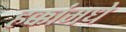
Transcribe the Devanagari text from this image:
हक्कांमधे